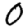
Digit: 0